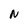
Character: N